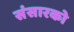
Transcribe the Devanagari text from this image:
संसारको